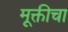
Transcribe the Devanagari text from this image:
मूक्तीचा